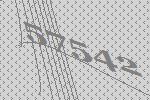
57542